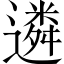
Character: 遴